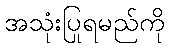
အသုံးပြုရမည်ကို